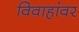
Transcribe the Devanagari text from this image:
विवाहांवर